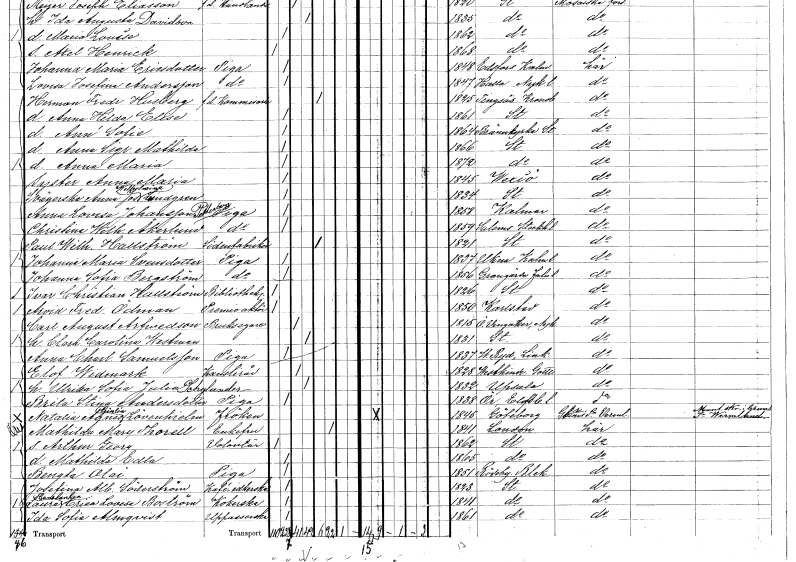
gt_parse: households: individuals: FN: Anna Josefina Wilhelmina
EN: Lindgren
KON: K
CIV: O
FODAR: 1834
FODFORS: Stockholm
FN: Anna Lovisa
EN: Johansson Pettersson??
YRKE: Piga
KON: K
CIV: O
FODAR: 1858
FODFORS: Kalmar Kalmar län
FN: Christina Wilhelmina
EN: Åkerlund
YRKE: Piga
KON: K
CIV: O
FODAR: 1859
FODFORS: Salem Stockholms län
FN: Paul Wilhelm
EN: Hallström
YRKE: Sidenfabrikör
KON: M
CIV: E
FODAR: 1821
FODFORS: Stockholm
FN: Johanna Maria
EN: Svensdotter
YRKE: Piga
KON: K
CIV: O
FODAR: 1837
FODFORS: Ukna Kalmar län
FN: Johanna Sofia
EN: Bergström
YRKE: Piga
KON: K
CIV: O
FODAR: 1856
FODFORS: Grangärde Kopparbergs län
FN: Ivar Christian
EN: Hallström
YRKE: Bibliotekarie
KON: M
CIV: O
FODAR: 1826
FODFORS: Stockholm
FN: Arvid Fredrik
EN: Ödman
YRKE: Premieraktör
KON: M
CIV: O
FODAR: 1850
FODFORS: Karlstad Värmlands län
FN: Carl August
EN: Arfwedson
YRKE: Bruksägare
KON: M
CIV: G
FODAR: 1815
FODFORS: Östra Vingåker Södermanlands län
FN: Clara Carolina
EN: Westman
KON: K
CIV: G
FODAR: 1831
FODFORS: Stockholm
FN: Anna Charlotta
EN: Samuelsson
YRKE: Piga
KON: K
CIV: O
FODAR: 1837
FODFORS: Västra Ryd Östergötlands län
FN: Elof
EN: Widmark
YRKE: Kansliråd
KON: M
CIV: G
FODAR: 1828
FODFORS: Västkinde Gotlands län
FN: Ulrika Sofia Julia
EN: Schylander
KON: K
CIV: G
FODAR: 1832
FODFORS: Uppsala Uppsala län
FN: Brita Stina
EN: Andersdotter
YRKE: Piga
KON: K
CIV: O
FODAR: 1838
FODFORS: Ör Älvsborgs län
FN: Natalia Agnes Hjulia
EN: Lövenhielm
KON: K
CIV: O
FODAR: 1845
FODFORS: Göteborg Göteborgs- och Bohuslän
FN: Mathilda Mary
EN: Thorell
KON: K
CIV: E
FODAR: 1841
FN: Arthur Georg
YRKE: Volontär armén o flottan
KON: M
CIV: O
FODAR: 1862
FODFORS: Stockholm
FN: Mathilda Edla
KON: K
CIV: O
FODAR: 1865
FODFORS: Stockholm
FN: Bengta
EN: Olai
YRKE: Piga
KON: K
CIV: O
FODAR: 1851
FODFORS: Rödeby Blekinge län
FN: Josefina Albertina
EN: Söderström
YRKE: Kaféidkerska
KON: K
CIV: O
FODAR: 1823
FODFORS: Stockholm
FN: Laura Constantia Erica Lovisa
EN: Boström
YRKE: Kokerska
KON: K
CIV: O
FODAR: 1841
FODFORS: Stockholm
FN: Ida Sofia
EN: Almqvist
YRKE: Uppassare
KON: K
CIV: O
FODAR: 1861
FODFORS: Stockholm